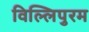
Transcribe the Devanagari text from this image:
विल्लिपुरम